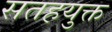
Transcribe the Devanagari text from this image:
सतहयुक्त